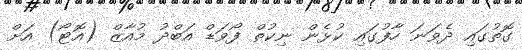
ގޮތުގައި ދެވަނަ ހާފުގައި ކުޅެން ނިކުތް ފޯވަޑް އަބްދު މުއާޒް (އޮޓޯ) އަށް